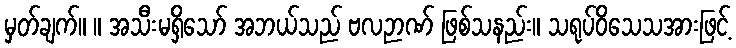
မှတ်ချက်။ ။ အသီးမရှိသော် အဘယ်သည် ဗလဉာဏ် ဖြစ်သနည်း။ သရုပ်ဝိသေသအားဖြင့်